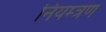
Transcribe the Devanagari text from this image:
नियम्त्रण